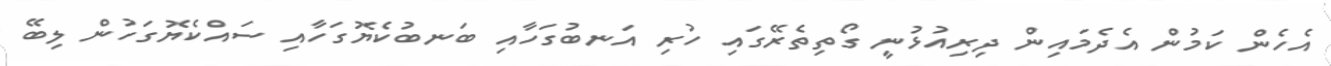
އެހެން ކަމުން އެދެމައިން ދިރިއުޅުނީ ގޯތިތެރޭގައި ހުރި އަނބުގަހާއި ބަނބުކެޔޮގަހާއި ސައްކެޔޮގަހުން ލިބޭ